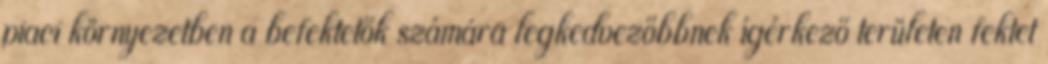
piaci környezetben a befektetők számára legkedvezőbbnek ígérkező területen fektet